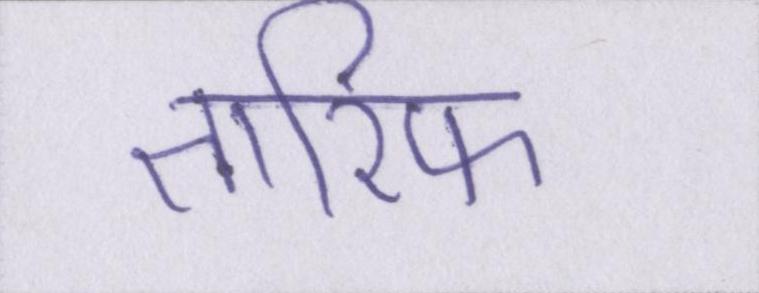
तारिफ